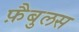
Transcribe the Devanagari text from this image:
फ़ैबुलस